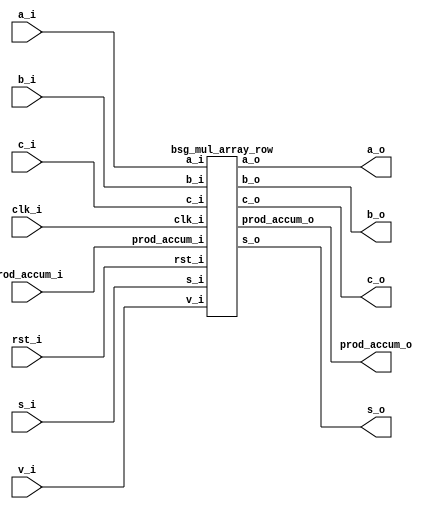


module top
(
  clk_i,
  rst_i,
  v_i,
  a_i,
  b_i,
  s_i,
  c_i,
  prod_accum_i,
  a_o,
  b_o,
  s_o,
  c_o,
  prod_accum_o
);

  input [15:0] a_i;
  input [15:0] b_i;
  input [15:0] s_i;
  input [14:0] prod_accum_i;
  output [15:0] a_o;
  output [15:0] b_o;
  output [15:0] s_o;
  output [15:0] prod_accum_o;
  input clk_i;
  input rst_i;
  input v_i;
  input c_i;
  output c_o;

  bsg_mul_array_row
  wrapper
  (
    .a_i(a_i),
    .b_i(b_i),
    .s_i(s_i),
    .prod_accum_i(prod_accum_i),
    .a_o(a_o),
    .b_o(b_o),
    .s_o(s_o),
    .prod_accum_o(prod_accum_o),
    .clk_i(clk_i),
    .rst_i(rst_i),
    .v_i(v_i),
    .c_i(c_i),
    .c_o(c_o)
  );


endmodule



module bsg_and_width_p16
(
  a_i,
  b_i,
  o
);

  input [15:0] a_i;
  input [15:0] b_i;
  output [15:0] o;
  wire [15:0] o;
  assign o[15] = a_i[15] & b_i[15];
  assign o[14] = a_i[14] & b_i[14];
  assign o[13] = a_i[13] & b_i[13];
  assign o[12] = a_i[12] & b_i[12];
  assign o[11] = a_i[11] & b_i[11];
  assign o[10] = a_i[10] & b_i[10];
  assign o[9] = a_i[9] & b_i[9];
  assign o[8] = a_i[8] & b_i[8];
  assign o[7] = a_i[7] & b_i[7];
  assign o[6] = a_i[6] & b_i[6];
  assign o[5] = a_i[5] & b_i[5];
  assign o[4] = a_i[4] & b_i[4];
  assign o[3] = a_i[3] & b_i[3];
  assign o[2] = a_i[2] & b_i[2];
  assign o[1] = a_i[1] & b_i[1];
  assign o[0] = a_i[0] & b_i[0];

endmodule



module bsg_adder_ripple_carry_width_p16
(
  a_i,
  b_i,
  s_o,
  c_o
);

  input [15:0] a_i;
  input [15:0] b_i;
  output [15:0] s_o;
  output c_o;
  wire [15:0] s_o;
  wire c_o;
  assign { c_o, s_o } = a_i + b_i;

endmodule



module bsg_mul_array_row
(
  clk_i,
  rst_i,
  v_i,
  a_i,
  b_i,
  s_i,
  c_i,
  prod_accum_i,
  a_o,
  b_o,
  s_o,
  c_o,
  prod_accum_o
);

  input [15:0] a_i;
  input [15:0] b_i;
  input [15:0] s_i;
  input [14:0] prod_accum_i;
  output [15:0] a_o;
  output [15:0] b_o;
  output [15:0] s_o;
  output [15:0] prod_accum_o;
  input clk_i;
  input rst_i;
  input v_i;
  input c_i;
  output c_o;
  wire [15:0] a_o,b_o,s_o,prod_accum_o,pp,ps;
  wire c_o,pc;
  reg prod_accum_o_15_sv2v_reg,prod_accum_o_14_sv2v_reg,prod_accum_o_13_sv2v_reg,
  prod_accum_o_12_sv2v_reg,prod_accum_o_11_sv2v_reg,prod_accum_o_10_sv2v_reg,
  prod_accum_o_9_sv2v_reg,prod_accum_o_8_sv2v_reg,prod_accum_o_7_sv2v_reg,
  prod_accum_o_6_sv2v_reg,prod_accum_o_5_sv2v_reg,prod_accum_o_4_sv2v_reg,prod_accum_o_3_sv2v_reg,
  prod_accum_o_2_sv2v_reg,prod_accum_o_1_sv2v_reg,prod_accum_o_0_sv2v_reg,
  a_o_15_sv2v_reg,a_o_14_sv2v_reg,a_o_13_sv2v_reg,a_o_12_sv2v_reg,a_o_11_sv2v_reg,
  a_o_10_sv2v_reg,a_o_9_sv2v_reg,a_o_8_sv2v_reg,a_o_7_sv2v_reg,a_o_6_sv2v_reg,
  a_o_5_sv2v_reg,a_o_4_sv2v_reg,a_o_3_sv2v_reg,a_o_2_sv2v_reg,a_o_1_sv2v_reg,a_o_0_sv2v_reg,
  b_o_15_sv2v_reg,b_o_14_sv2v_reg,b_o_13_sv2v_reg,b_o_12_sv2v_reg,b_o_11_sv2v_reg,
  b_o_10_sv2v_reg,b_o_9_sv2v_reg,b_o_8_sv2v_reg,b_o_7_sv2v_reg,b_o_6_sv2v_reg,
  b_o_5_sv2v_reg,b_o_4_sv2v_reg,b_o_3_sv2v_reg,b_o_2_sv2v_reg,b_o_1_sv2v_reg,
  b_o_0_sv2v_reg,s_o_15_sv2v_reg,s_o_14_sv2v_reg,s_o_13_sv2v_reg,s_o_12_sv2v_reg,
  s_o_11_sv2v_reg,s_o_10_sv2v_reg,s_o_9_sv2v_reg,s_o_8_sv2v_reg,s_o_7_sv2v_reg,s_o_6_sv2v_reg,
  s_o_5_sv2v_reg,s_o_4_sv2v_reg,s_o_3_sv2v_reg,s_o_2_sv2v_reg,s_o_1_sv2v_reg,
  s_o_0_sv2v_reg,c_o_sv2v_reg;
  assign prod_accum_o[15] = prod_accum_o_15_sv2v_reg;
  assign prod_accum_o[14] = prod_accum_o_14_sv2v_reg;
  assign prod_accum_o[13] = prod_accum_o_13_sv2v_reg;
  assign prod_accum_o[12] = prod_accum_o_12_sv2v_reg;
  assign prod_accum_o[11] = prod_accum_o_11_sv2v_reg;
  assign prod_accum_o[10] = prod_accum_o_10_sv2v_reg;
  assign prod_accum_o[9] = prod_accum_o_9_sv2v_reg;
  assign prod_accum_o[8] = prod_accum_o_8_sv2v_reg;
  assign prod_accum_o[7] = prod_accum_o_7_sv2v_reg;
  assign prod_accum_o[6] = prod_accum_o_6_sv2v_reg;
  assign prod_accum_o[5] = prod_accum_o_5_sv2v_reg;
  assign prod_accum_o[4] = prod_accum_o_4_sv2v_reg;
  assign prod_accum_o[3] = prod_accum_o_3_sv2v_reg;
  assign prod_accum_o[2] = prod_accum_o_2_sv2v_reg;
  assign prod_accum_o[1] = prod_accum_o_1_sv2v_reg;
  assign prod_accum_o[0] = prod_accum_o_0_sv2v_reg;
  assign a_o[15] = a_o_15_sv2v_reg;
  assign a_o[14] = a_o_14_sv2v_reg;
  assign a_o[13] = a_o_13_sv2v_reg;
  assign a_o[12] = a_o_12_sv2v_reg;
  assign a_o[11] = a_o_11_sv2v_reg;
  assign a_o[10] = a_o_10_sv2v_reg;
  assign a_o[9] = a_o_9_sv2v_reg;
  assign a_o[8] = a_o_8_sv2v_reg;
  assign a_o[7] = a_o_7_sv2v_reg;
  assign a_o[6] = a_o_6_sv2v_reg;
  assign a_o[5] = a_o_5_sv2v_reg;
  assign a_o[4] = a_o_4_sv2v_reg;
  assign a_o[3] = a_o_3_sv2v_reg;
  assign a_o[2] = a_o_2_sv2v_reg;
  assign a_o[1] = a_o_1_sv2v_reg;
  assign a_o[0] = a_o_0_sv2v_reg;
  assign b_o[15] = b_o_15_sv2v_reg;
  assign b_o[14] = b_o_14_sv2v_reg;
  assign b_o[13] = b_o_13_sv2v_reg;
  assign b_o[12] = b_o_12_sv2v_reg;
  assign b_o[11] = b_o_11_sv2v_reg;
  assign b_o[10] = b_o_10_sv2v_reg;
  assign b_o[9] = b_o_9_sv2v_reg;
  assign b_o[8] = b_o_8_sv2v_reg;
  assign b_o[7] = b_o_7_sv2v_reg;
  assign b_o[6] = b_o_6_sv2v_reg;
  assign b_o[5] = b_o_5_sv2v_reg;
  assign b_o[4] = b_o_4_sv2v_reg;
  assign b_o[3] = b_o_3_sv2v_reg;
  assign b_o[2] = b_o_2_sv2v_reg;
  assign b_o[1] = b_o_1_sv2v_reg;
  assign b_o[0] = b_o_0_sv2v_reg;
  assign s_o[15] = s_o_15_sv2v_reg;
  assign s_o[14] = s_o_14_sv2v_reg;
  assign s_o[13] = s_o_13_sv2v_reg;
  assign s_o[12] = s_o_12_sv2v_reg;
  assign s_o[11] = s_o_11_sv2v_reg;
  assign s_o[10] = s_o_10_sv2v_reg;
  assign s_o[9] = s_o_9_sv2v_reg;
  assign s_o[8] = s_o_8_sv2v_reg;
  assign s_o[7] = s_o_7_sv2v_reg;
  assign s_o[6] = s_o_6_sv2v_reg;
  assign s_o[5] = s_o_5_sv2v_reg;
  assign s_o[4] = s_o_4_sv2v_reg;
  assign s_o[3] = s_o_3_sv2v_reg;
  assign s_o[2] = s_o_2_sv2v_reg;
  assign s_o[1] = s_o_1_sv2v_reg;
  assign s_o[0] = s_o_0_sv2v_reg;
  assign c_o = c_o_sv2v_reg;

  bsg_and_width_p16
  and0
  (
    .a_i(a_i),
    .b_i({ b_i[15:15], b_i[15:15], b_i[15:15], b_i[15:15], b_i[15:15], b_i[15:15], b_i[15:15], b_i[15:15], b_i[15:15], b_i[15:15], b_i[15:15], b_i[15:15], b_i[15:15], b_i[15:15], b_i[15:15], b_i[15:15] }),
    .o(pp)
  );


  bsg_adder_ripple_carry_width_p16
  adder0
  (
    .a_i(pp),
    .b_i({ c_i, s_i[15:1] }),
    .s_o(ps),
    .c_o(pc)
  );


  always @(posedge clk_i) begin
    if(rst_i) begin
      prod_accum_o_15_sv2v_reg <= 1'b0;
      prod_accum_o_14_sv2v_reg <= 1'b0;
      prod_accum_o_13_sv2v_reg <= 1'b0;
      prod_accum_o_12_sv2v_reg <= 1'b0;
      prod_accum_o_11_sv2v_reg <= 1'b0;
      prod_accum_o_10_sv2v_reg <= 1'b0;
      prod_accum_o_9_sv2v_reg <= 1'b0;
      prod_accum_o_8_sv2v_reg <= 1'b0;
      prod_accum_o_7_sv2v_reg <= 1'b0;
      prod_accum_o_6_sv2v_reg <= 1'b0;
      prod_accum_o_5_sv2v_reg <= 1'b0;
      prod_accum_o_4_sv2v_reg <= 1'b0;
      prod_accum_o_3_sv2v_reg <= 1'b0;
      prod_accum_o_2_sv2v_reg <= 1'b0;
      prod_accum_o_1_sv2v_reg <= 1'b0;
      prod_accum_o_0_sv2v_reg <= 1'b0;
      a_o_15_sv2v_reg <= 1'b0;
      a_o_14_sv2v_reg <= 1'b0;
      a_o_13_sv2v_reg <= 1'b0;
      a_o_12_sv2v_reg <= 1'b0;
      a_o_11_sv2v_reg <= 1'b0;
      a_o_10_sv2v_reg <= 1'b0;
      a_o_9_sv2v_reg <= 1'b0;
      a_o_8_sv2v_reg <= 1'b0;
      a_o_7_sv2v_reg <= 1'b0;
      a_o_6_sv2v_reg <= 1'b0;
      a_o_5_sv2v_reg <= 1'b0;
      a_o_4_sv2v_reg <= 1'b0;
      a_o_3_sv2v_reg <= 1'b0;
      a_o_2_sv2v_reg <= 1'b0;
      a_o_1_sv2v_reg <= 1'b0;
      a_o_0_sv2v_reg <= 1'b0;
      b_o_15_sv2v_reg <= 1'b0;
      b_o_14_sv2v_reg <= 1'b0;
      b_o_13_sv2v_reg <= 1'b0;
      b_o_12_sv2v_reg <= 1'b0;
      b_o_11_sv2v_reg <= 1'b0;
      b_o_10_sv2v_reg <= 1'b0;
      b_o_9_sv2v_reg <= 1'b0;
      b_o_8_sv2v_reg <= 1'b0;
      b_o_7_sv2v_reg <= 1'b0;
      b_o_6_sv2v_reg <= 1'b0;
      b_o_5_sv2v_reg <= 1'b0;
      b_o_4_sv2v_reg <= 1'b0;
      b_o_3_sv2v_reg <= 1'b0;
      b_o_2_sv2v_reg <= 1'b0;
      b_o_1_sv2v_reg <= 1'b0;
      b_o_0_sv2v_reg <= 1'b0;
      s_o_15_sv2v_reg <= 1'b0;
      s_o_14_sv2v_reg <= 1'b0;
      s_o_13_sv2v_reg <= 1'b0;
      s_o_12_sv2v_reg <= 1'b0;
      s_o_11_sv2v_reg <= 1'b0;
      s_o_10_sv2v_reg <= 1'b0;
      s_o_9_sv2v_reg <= 1'b0;
      s_o_8_sv2v_reg <= 1'b0;
      s_o_7_sv2v_reg <= 1'b0;
      s_o_6_sv2v_reg <= 1'b0;
      s_o_5_sv2v_reg <= 1'b0;
      s_o_4_sv2v_reg <= 1'b0;
      s_o_3_sv2v_reg <= 1'b0;
      s_o_2_sv2v_reg <= 1'b0;
      s_o_1_sv2v_reg <= 1'b0;
      s_o_0_sv2v_reg <= 1'b0;
      c_o_sv2v_reg <= 1'b0;
    end else if(v_i) begin
      prod_accum_o_15_sv2v_reg <= ps[0];
      prod_accum_o_14_sv2v_reg <= prod_accum_i[14];
      prod_accum_o_13_sv2v_reg <= prod_accum_i[13];
      prod_accum_o_12_sv2v_reg <= prod_accum_i[12];
      prod_accum_o_11_sv2v_reg <= prod_accum_i[11];
      prod_accum_o_10_sv2v_reg <= prod_accum_i[10];
      prod_accum_o_9_sv2v_reg <= prod_accum_i[9];
      prod_accum_o_8_sv2v_reg <= prod_accum_i[8];
      prod_accum_o_7_sv2v_reg <= prod_accum_i[7];
      prod_accum_o_6_sv2v_reg <= prod_accum_i[6];
      prod_accum_o_5_sv2v_reg <= prod_accum_i[5];
      prod_accum_o_4_sv2v_reg <= prod_accum_i[4];
      prod_accum_o_3_sv2v_reg <= prod_accum_i[3];
      prod_accum_o_2_sv2v_reg <= prod_accum_i[2];
      prod_accum_o_1_sv2v_reg <= prod_accum_i[1];
      prod_accum_o_0_sv2v_reg <= prod_accum_i[0];
      a_o_15_sv2v_reg <= a_i[15];
      a_o_14_sv2v_reg <= a_i[14];
      a_o_13_sv2v_reg <= a_i[13];
      a_o_12_sv2v_reg <= a_i[12];
      a_o_11_sv2v_reg <= a_i[11];
      a_o_10_sv2v_reg <= a_i[10];
      a_o_9_sv2v_reg <= a_i[9];
      a_o_8_sv2v_reg <= a_i[8];
      a_o_7_sv2v_reg <= a_i[7];
      a_o_6_sv2v_reg <= a_i[6];
      a_o_5_sv2v_reg <= a_i[5];
      a_o_4_sv2v_reg <= a_i[4];
      a_o_3_sv2v_reg <= a_i[3];
      a_o_2_sv2v_reg <= a_i[2];
      a_o_1_sv2v_reg <= a_i[1];
      a_o_0_sv2v_reg <= a_i[0];
      b_o_15_sv2v_reg <= b_i[15];
      b_o_14_sv2v_reg <= b_i[14];
      b_o_13_sv2v_reg <= b_i[13];
      b_o_12_sv2v_reg <= b_i[12];
      b_o_11_sv2v_reg <= b_i[11];
      b_o_10_sv2v_reg <= b_i[10];
      b_o_9_sv2v_reg <= b_i[9];
      b_o_8_sv2v_reg <= b_i[8];
      b_o_7_sv2v_reg <= b_i[7];
      b_o_6_sv2v_reg <= b_i[6];
      b_o_5_sv2v_reg <= b_i[5];
      b_o_4_sv2v_reg <= b_i[4];
      b_o_3_sv2v_reg <= b_i[3];
      b_o_2_sv2v_reg <= b_i[2];
      b_o_1_sv2v_reg <= b_i[1];
      b_o_0_sv2v_reg <= b_i[0];
      s_o_15_sv2v_reg <= ps[15];
      s_o_14_sv2v_reg <= ps[14];
      s_o_13_sv2v_reg <= ps[13];
      s_o_12_sv2v_reg <= ps[12];
      s_o_11_sv2v_reg <= ps[11];
      s_o_10_sv2v_reg <= ps[10];
      s_o_9_sv2v_reg <= ps[9];
      s_o_8_sv2v_reg <= ps[8];
      s_o_7_sv2v_reg <= ps[7];
      s_o_6_sv2v_reg <= ps[6];
      s_o_5_sv2v_reg <= ps[5];
      s_o_4_sv2v_reg <= ps[4];
      s_o_3_sv2v_reg <= ps[3];
      s_o_2_sv2v_reg <= ps[2];
      s_o_1_sv2v_reg <= ps[1];
      s_o_0_sv2v_reg <= ps[0];
      c_o_sv2v_reg <= pc;
    end 
  end


endmodule